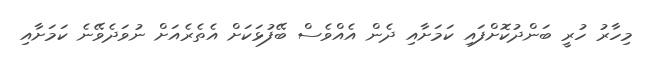
މިހާރު ހުރީ ބަންދުކޮށްފައި ކަމަށާއި ދެން އެއްވެސް ބޭފުޅަކަށް އެތެރެއަށް ނުވަދެވޭނެ ކަމަށާއި